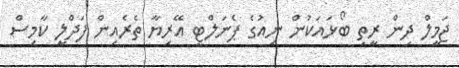
ޖަމީލް ދިން ރީތި ބޯޅައަކުން ނިއުގެ ޕެނަލްޓީ އޭރިޔާ ތެރެއިން ފަދްލީ ކާމިސް